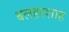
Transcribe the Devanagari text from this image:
बलहरशाह